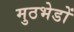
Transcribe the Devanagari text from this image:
मुठभेडों